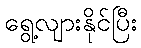
ရွေ့လျားနိုင်ပြီး